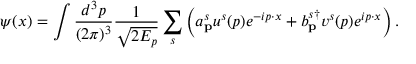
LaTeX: \psi ( x ) = \int { \frac { d ^ { 3 } p } { ( 2 \pi ) ^ { 3 } } } { \frac { 1 } { \sqrt { 2 E _ { p } } } } \sum _ { s } \left( a _ { \mathbf { p } } ^ { s } u ^ { s } ( p ) e ^ { - i p \cdot x } + b _ { \mathbf { p } } ^ { s \dagger } v ^ { s } ( p ) e ^ { i p \cdot x } \right) .